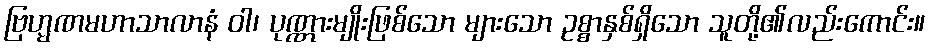
ဗြဟ္မဏမဟာသာလာနံ ဝါ၊ ပုဏ္ဏားမျိုးဖြစ်သော များသော ဥစ္စာနှစ်ရှိသော သူတို့၏လည်းကောင်း။